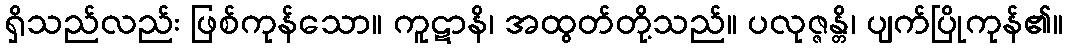
ရှိသည်လည်း ဖြစ်ကုန်သော။ ကူဋာနိ၊ အထွတ်တို့သည်။ ပလုဇ္ဇန္တိ၊ ပျက်ပြိုကုန်၏။